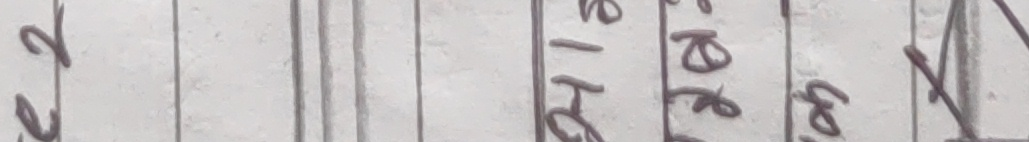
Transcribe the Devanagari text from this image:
र
स

ख
-
ह

न
४
व

ग
स